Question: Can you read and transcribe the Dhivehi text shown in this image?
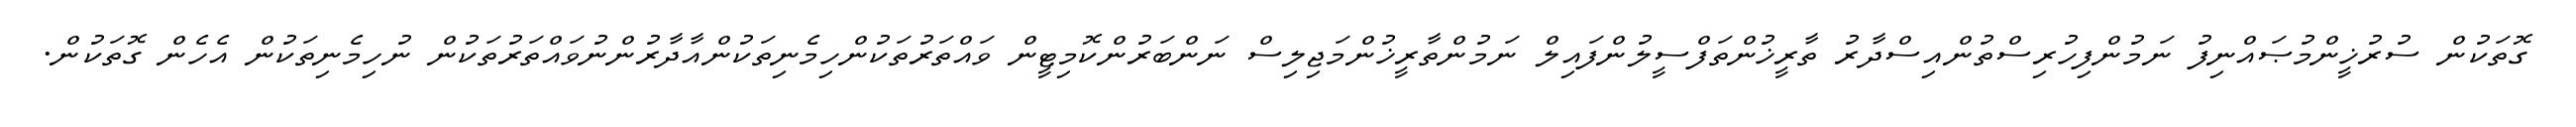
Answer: ގޮތަކުން ސުރުޚީންމުޞައްނިފު ނަމުންފިހުރިސްތުންއިސްދާރު ތާރީޚުންތަފްސީލުންފައިލް ނަމުންތާރީޚުންމަޖިލިސް ނަންބަރުންކޮމިޓީން ވައްތަރުތަކުންހިމެނިތަކުންއާދާރުންނުވައްތަރުތަކުން ނުހިމެނިތަކުން އެހެން ގޮތަކުން.